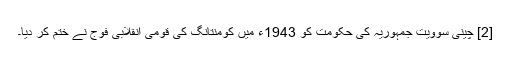
[2] چینی سوویت جمہوریہ کی حکومت کو 1943ء میں کومنتانگ کی قومی انقلابی فوج نے ختم کر دیا۔